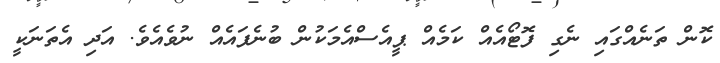
ކޮން ތަނެއްގައި ނެގި ފޮޓޯއެއް ކަމެއް ޕީއެސްއެމަކުން ބުނެފައެއް ނުވެއެވެ. އަދި އެތަނަކީ